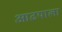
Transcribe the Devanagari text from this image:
आढयाला